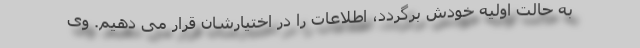
به حالت اولیه خودش برگردد، اطلاعات را در اختیارشان قرار می دهیم. وی